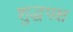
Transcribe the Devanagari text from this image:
शुद्धपक्ष